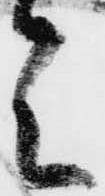
ミ